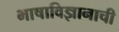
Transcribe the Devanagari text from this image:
भाषाविज्ञानाची